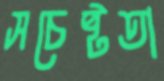
সচেষ্টতা